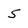
Character: 5